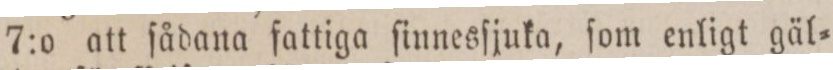
7:o att ſådana fattiga ſinnesſjuka, ſom enligt gäl=